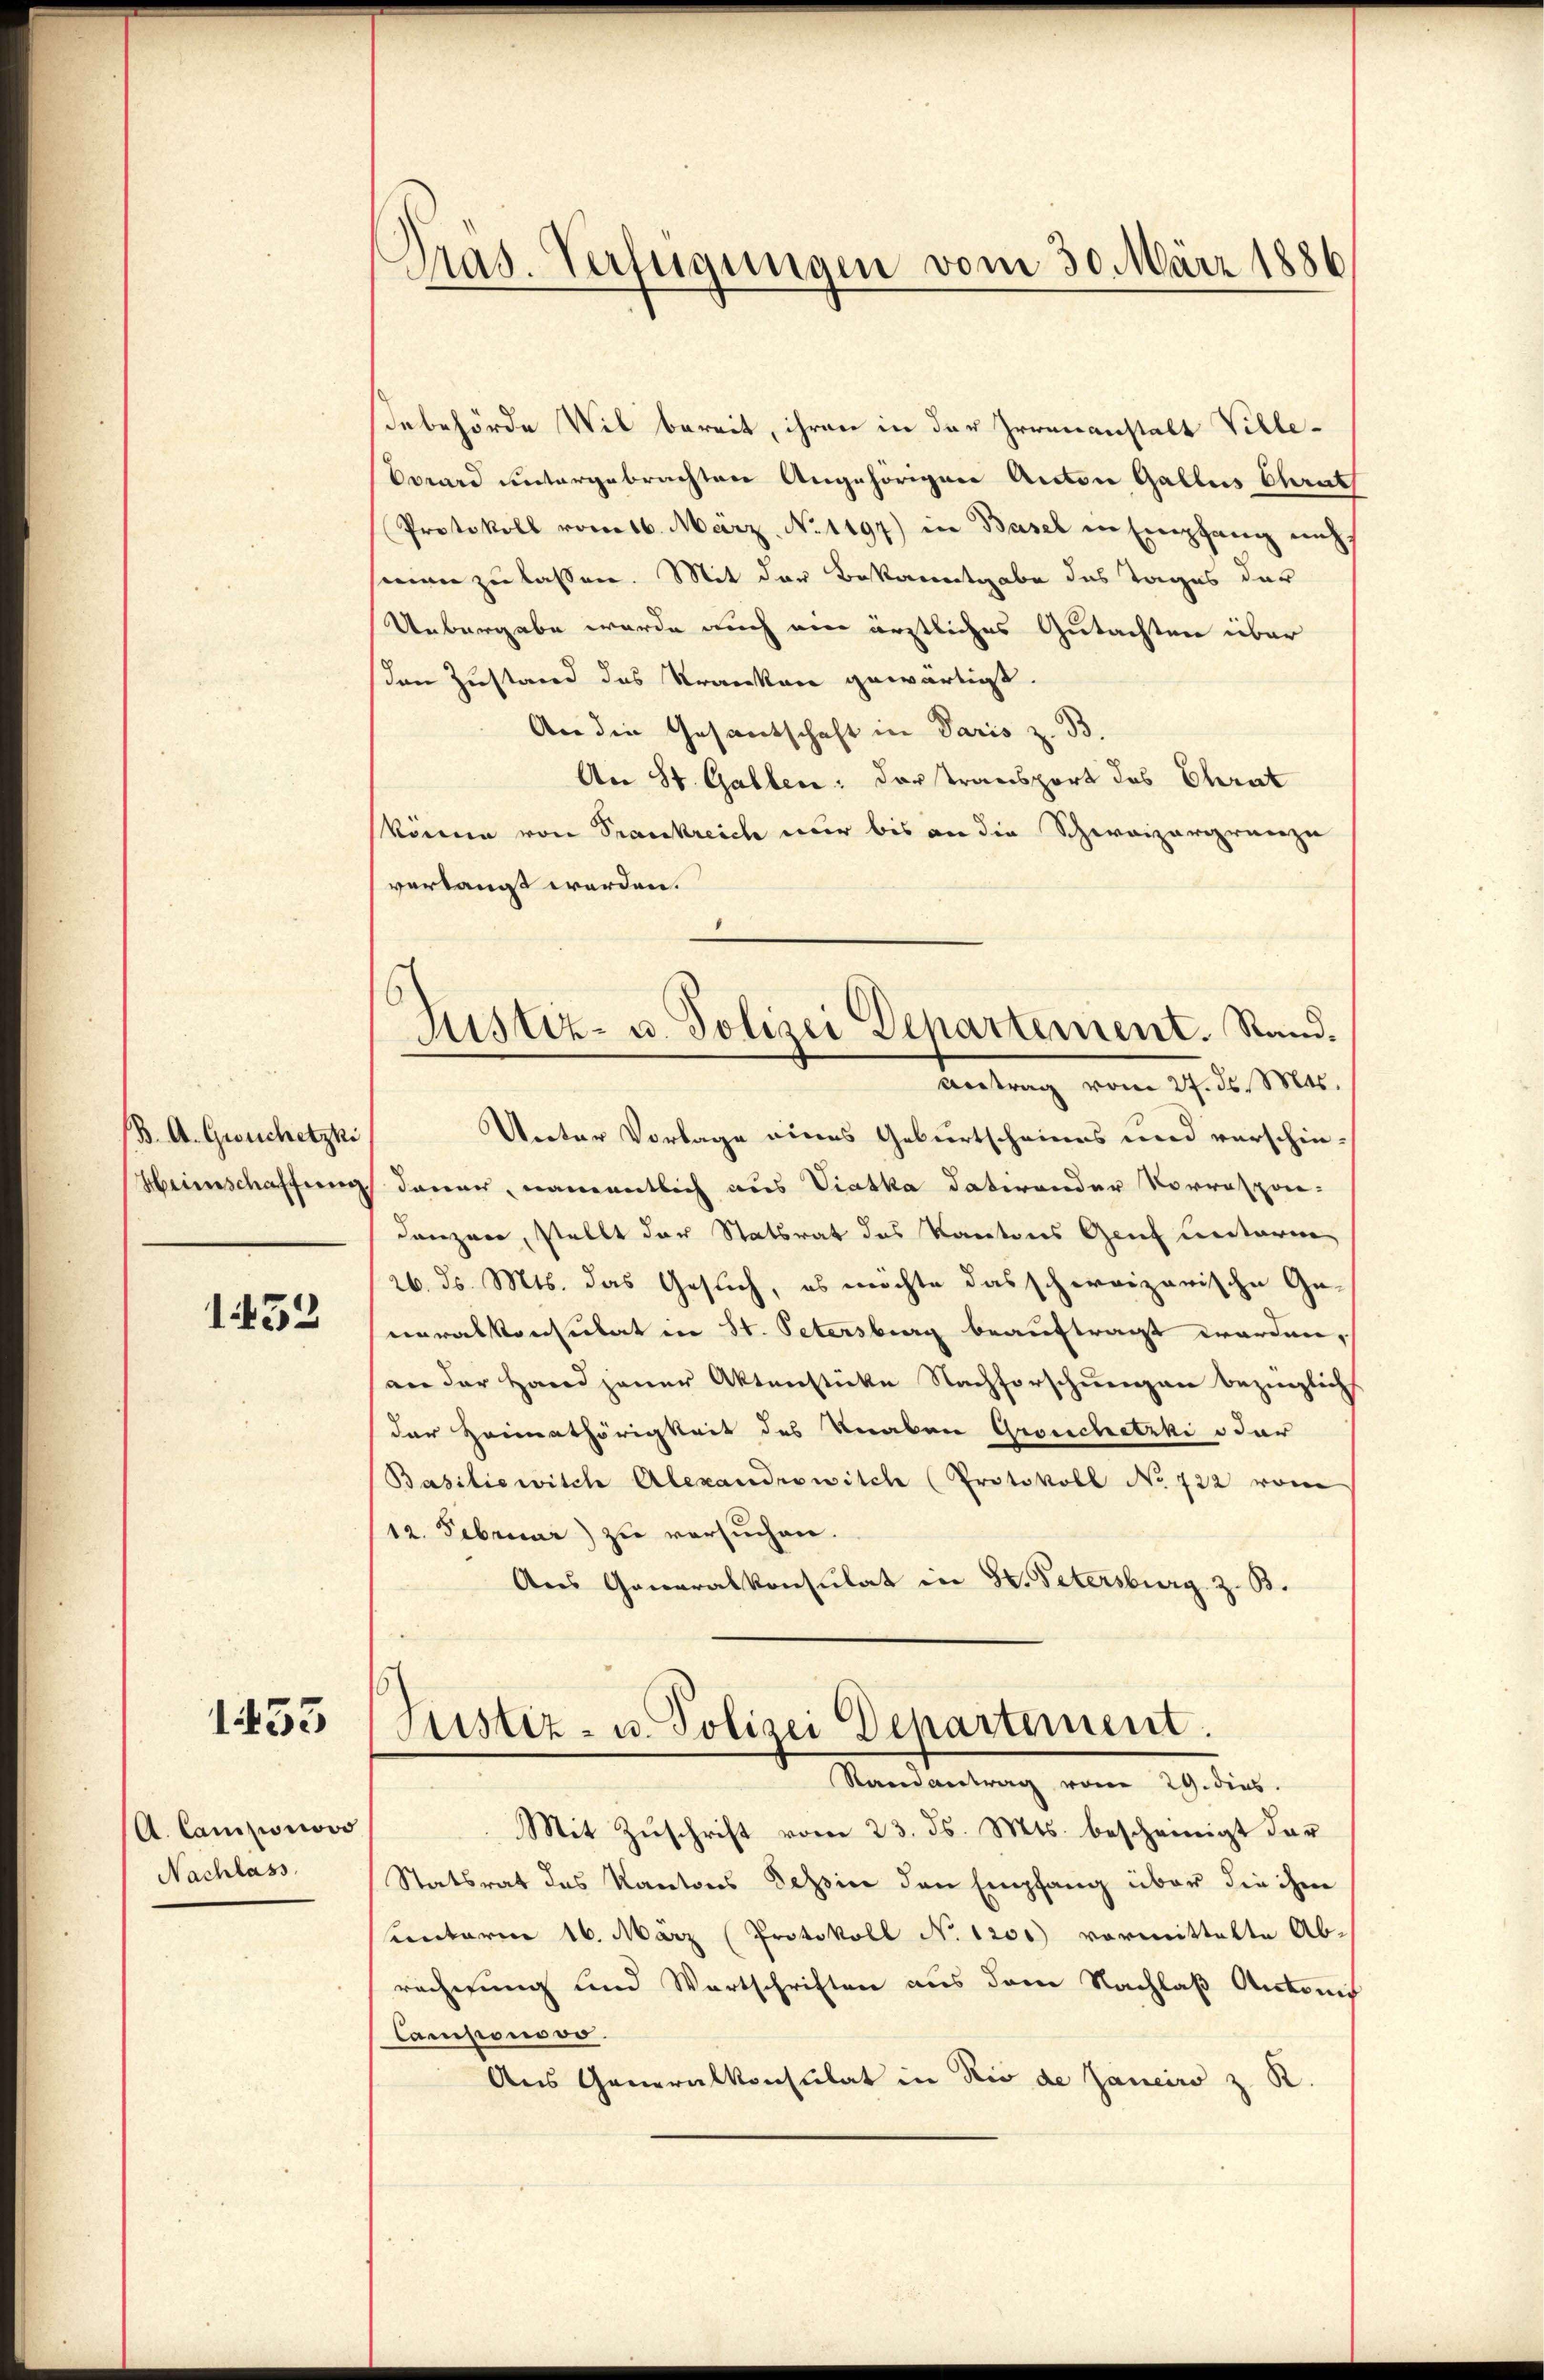
(B. A. Gesuchetzki
Heinschaffung

1452

1453

(A. Camisionsvo
Nachlass

Pras. Verfügungen vom 30. März 1886

debehörde Wil bereit, ihren in der Irrenanstalt Villevard untergebrachten Angehörigen Anton Gallis Charat
Protokoll vom 16. März. No. 1197) in Basel in Empfang nich
man zu lassen. Mit der Bekanntgabe des Tages der
Uebergabe wurde auch am ärztliches Gutachten über
en Zustand des Kranken gewärtigt.
An die Gesantschaft in Paris z. B.
An St. Gallen: der Transport des Chrat
könne von Frankreich nur bis an die Schweizergrenze
verlangt werden.
Unter Vorlage eines Geburtscheines und verschie-
dauer, namentlich aus Viatka datirender Vorrespon-
danzner, stellt der Statsrat das Kantons Genf unterm
26. ds. Mts. das Gesuch, es möchte das schweizerische Ge-
neralkonsulat in St. Petersburg beauftragt worden,
an der Hand jener Aktenstücke Nachforschuenzen bezüglich
der Heimathörigkeit des Veraben Grouchetzki o dar
Basiliewitch Alexandrowitch (Protokoll No 722 von
12. Februar) zu versuchen.
Aus Generalkonsulat in 3. Petersburg z. B.
Justiz- u. Polizei Departement.
Randantrag vom 29. dies.
Mit Zuschrift vom 23. ds. Mts. bescheinigt dar
Statsrat des Kantons Tessier den Empfang über die ihm
sunterm 16. März (Protokoll No 1200) vormittelte Ab-
rechnung und Wortschriften aus dem Nachlaß Antonis
Camisions vo
Aus Generalkonsulat in Rio de Janeiro z. K

Justiz- u. Polizei Departement. Stand.
Antrag vom 27. ds. Mts.